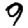
Digit: 9